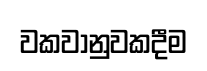
වකවානුවකදීම